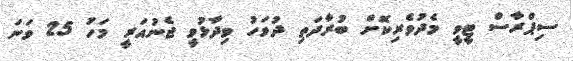
ސިޕްރާސް ޓީވީ މެދުވެރިކޮށް ބުރާދަތި ދުވަހު ވިދާޅުވީ ޖެނުއަރީ މަހު 25 ވަނަ